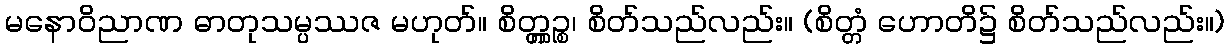
မနောဝိညာဏ ဓာတုသမ္ပဿဇ မဟုတ်။ စိတ္တ္ကဉ္စ၊ စိတ်သည်လည်း။ (စိတ္တံ ဟောတိ၌ စိတ်သည်လည်း။)